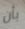
بأن